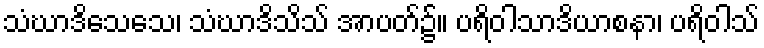
သံဃာဒိသေသေ၊ သံဃာဒိသိသ် အာပတ်၌။ ပရိဝါသာဒိယာစနာ၊ ပရိဝါသ်